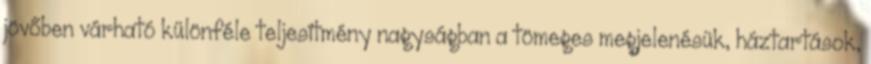
jövőben várható különféle teljesítmény nagyságban a tömeges megjelenésük, háztartások,